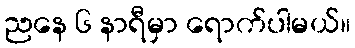
ညနေ ၆ နာရီမှာ ရောက်ပါမယ်။